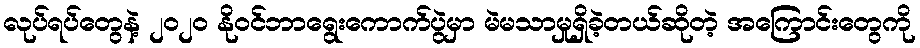
လုပ်ရပ်တွေနဲ့ ၂၀၂၀ နိုဝင်ဘာရွေးကောက်ပွဲမှာ မဲမသာမှုရှိခဲ့တယ်ဆိုတဲ့ အကြောင်းတွေကို